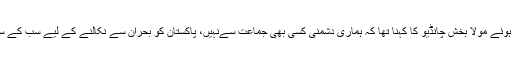
اے آر وائی نیوز سے گفتگو کرتے ہوئے مولا بخش چانڈیو کا کہنا تھا کہ ہماری دشمنی کسی بھی جماعت سےنہیں، پاکستان کو بحران سے نکالنے کے لیے سب کے ساتھ بات اور کام کرنے کو تیار ہیں۔